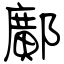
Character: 鄺